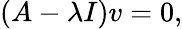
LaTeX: (A-\lambda I)v=0,